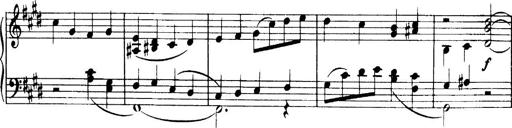
Title: 3 Sonatinas, Op.67
Composer: Jean Sibelius